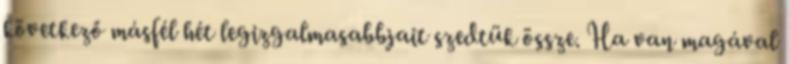
következő másfél hét legizgalmasabbjait szedtük össze. Ha van magával